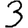
Digit: 3